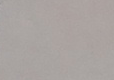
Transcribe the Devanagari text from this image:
माथि